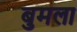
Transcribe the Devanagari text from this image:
बुमला